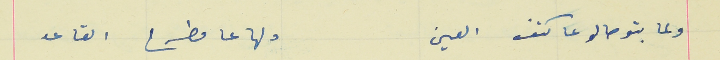
ولما بتوصالو عا كتف العين                                       دلها عا مطرح القاعد